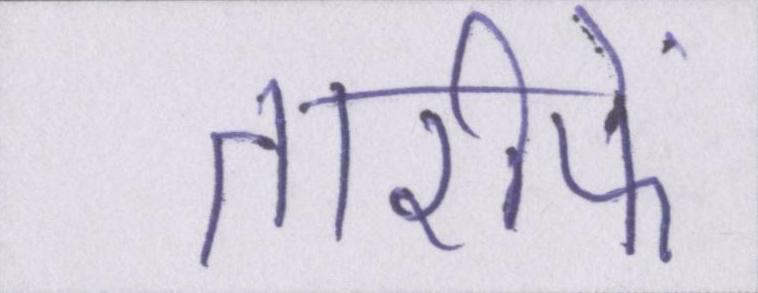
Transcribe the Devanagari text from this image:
तारीफें